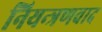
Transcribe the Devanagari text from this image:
नियन्त्रणवाद